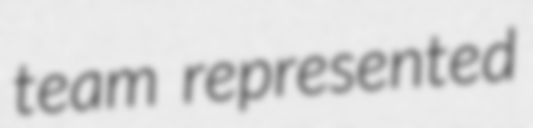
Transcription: team represented